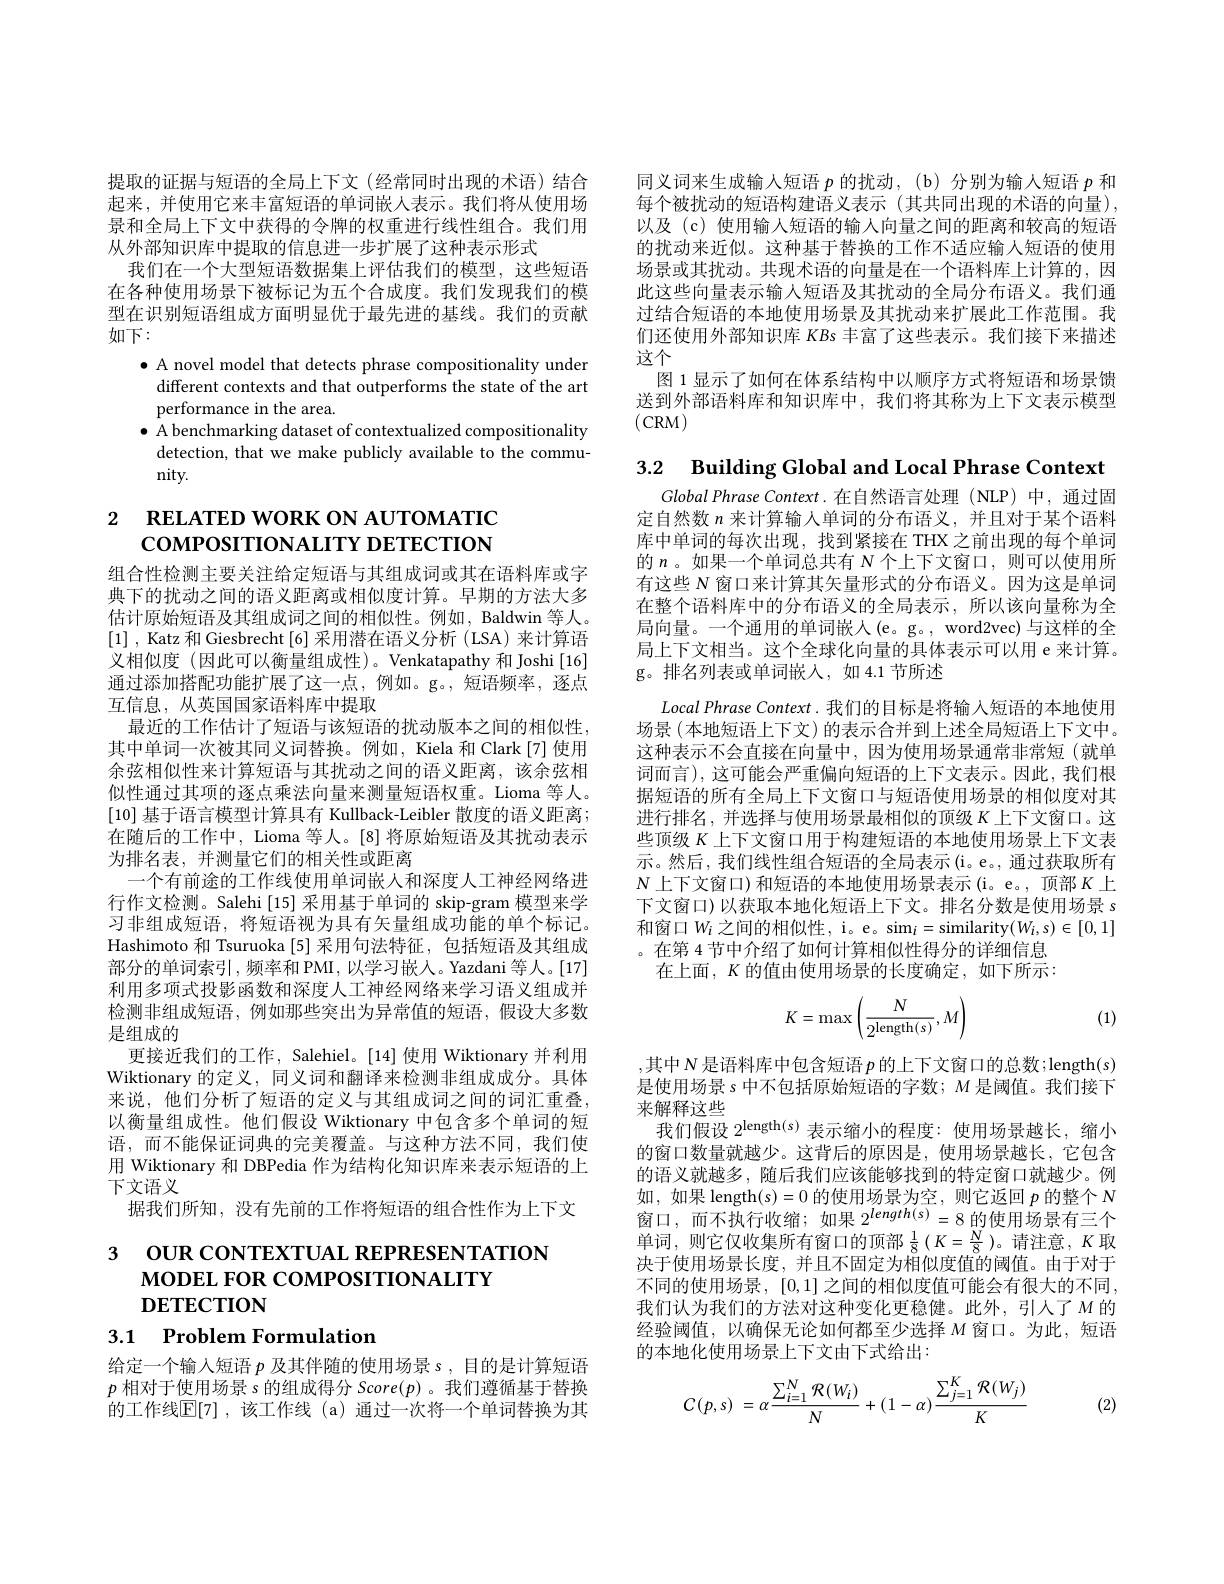
同义词来生成输入短语$p$的扰动，(b)分别为输入短语$p$和每个被扰动的短语构建语义表示 (其共同出现的术语的向量), 以及 (c) 使用输入短语的输入向量之间的距离和较高的短语的扰动来近似。这种基于替换的工作不适应输入短语的使用场景或其扰动。共现术语的向量是在一个语料库上计算的，因此这些向量表示输人短语及其扰动的全局分布语义。我们通过结合短语的本地使用场景及其扰动来扩展此工作范围。我们还使用外部知识库 KBs 丰富了这些表示。我们接下来描述这个
图 1 显示了如何在体系结构中以顺序方式将短语和场景馈送到外部语料库和知识库中，我们将其称为上下文表示模型(CRM)

提取的证据与短语的全局上下文(经常同时出现的术语)结合起来，并使用它来丰富短语的单词嵌人表示。我们将从使用场景和全局上下文中获得的令牌的权重进行线性组合。我们用从外部知识库中提取的信息进一步扩展了这种表示形式
我们在一个大型短语数据集上评估我们的模型，这些短语在各种使用场景下被标记为五个合成度。我们发现我们的模型在识别短语组成方面明显优于最先进的基线。我们的贡献如下：
$\bullet$ A novel model that detects phrase compositionality under
different contexts and that outperforms the state of the art
performance in the area.
$\bullet$ A benchmarking dataset of contextualized compositionality
detection, that we make publicly available to the commu-
nity.

# 2 RELATED WORK ON AUTOMATIC coMPOSITIONALITY DETECTION

组合性检测主要关注给定短语与其组成词或其在语料库或字典下的扰动之间的语义距离或相似度计算。早期的方法大多估计原始短语及其组成词之间的相似性。例如，Baldwin 等人。[1] , Katz 和 Giesbrecht [6] 采用潜在语义分析 (LSA) 来计算语义相似度 (因此可以衡量组成性)。Venkatapathy 和 Joshi[16] 通过添加搭配功能扩展了这一点，例如。g。,短语频率，逐点互信息，从英国国家语料库中提取
最近的工作估计了短语与该短语的扰动版本之间的相似性， 其中单词一次被其同义词替换。例如，Kiela 和 Clark[7] 使用余弦相似性来计算短语与其扰动之间的语义距离，该余弦相似性通过其项的逐点乘法向量来测量短语权重。Lioma 等人。[10] 基于语言模型计算具有 Kullback-Leibler 散度的语义距离； 在随后的工作中，Lioma 等人。[8] 将原始短语及其扰动表示为排名表，并测量它们的相关性或距离
一个有前途的工作线使用单词嵌人和深度人工神经网络进行作文检测。Salehi[15] 采用基于单词的 skip-gram 模型来学习非组成短语，将短语视为具有矢量组成功能的单个标记。Hashimoto 和 Tsuruoka [5] 采用句法特征，包括短语及其组成部分的单词索引，频率和 PMI, 以学习嵌入。Yazdani 等人。[17] 利用多项式投影函数和深度人工神经网络来学习语义组成并检测非组成短语，例如那些突出为异常值的短语，假设大多数是组成的
更接近我们的工作，Salehiel。[14] 使用 Wiktionary 并利用Wiktionary 的定义，同义词和翻译来检测非组成成分。具体来说，他们分析了短语的定义与其组成词之间的词汇重叠， 以衡量组成性。他们假设 Wiktionary 中包含多个单词的短语，而不能保证词典的完美覆盖。与这种方法不同，我们使用 Wiktionary 和 DBPedia 作为结构化知识库来表示短语的上下文语义
据我们所知，没有先前的工作将短语的组合性作为上下文

3 OUR CONTEXTUAL REPRESENTATION
$\mathbf{MODELFORCOMPOSITIONALITY}$
# DETECTION
3.1 Problem Formulation

给定一个输入短语$p$及其伴随的使用场景 s , 目的是计算短语$p$相对于使用场景 s 的组成得分 Score(p)。我们遵循基于替换的工作线$\mathbb{E}[7]$ ,该工作线 (a) 通过一次将一个单词替换为其

3.2 Building Global and Local Phrase Context
$GlobalPhrase\textit{Context. 在 自 然 语 言 处 理 ( NLP) 中 , 通 过 固 }$ 定自然数$n$来计算输入单词的分布语义，并且对于某个语料库中单词的每次出现，找到紧接在 THX 之前出现的每个单词的$n$。如果一个单词总共有$N$个上下文窗口，则可以使用所有这些$N$窗口来计算其矢量形式的分布语义。因为这是单词在整个语料库中的分布语义的全局表示，所以该向量称为全局向量。一个通用的单词嵌人(e。g。, word2vec) 与这样的全局上下文相当。这个全球化向量的具体表示可以用 e 来计算。g。排名列表或单词嵌入，如 4.1 节所述

Local Phrase Context .我们的目标是将输入短语的本地使用场景 (本地短语上下文) 的表示合并到上述全局短语上下文中。这种表示不会直接在向量中，因为使用场景通常非常短(就单词而言),这可能会严重偏向短语的上下文表示。因此，我们根据短语的所有全局上下文窗口与短语使用场景的相似度对其进行排名，并选择与使用场景最相似的顶级$K$上下文窗口。这些顶级$K$上下文窗口用于构建短语的本地使用场景上下文表示。然后，我们线性组合短语的全局表示(i。e。, 通过获取所有$N$ 上下文窗口)和短语的本地使用场景表示(i。e。,顶部$K$ 上下文窗口)以获取本地化短语上下文。排名分数是使用场景 s 和窗口$W_i$之间的相似性，i。e。sim$_i=$similarity$(W_i,s)\in[0,1]$ 。在第 4 节中介绍了如何计算相似性得分的详细信息
在上面，$K$的值由使用场景的长度确定，如下所示：
$$K=\max\left(\frac{N}{2^{\mathrm{length}(s)}},M\right)$$
(1)

,其中 N 是语料库中包含短语 $p$ 的上下文窗口的总数；length(s) 是使用场景$s$中不包括原始短语的字数；$M$是阈值。我们接下来解释这些
我们假设$2^{\mathrm{length(s)}}$表示缩小的程度：使用场景越长，缩小的窗口数量就越少。这背后的原因是，使用场景越长，它包含的语义就越多，随后我们应该能够找到的特定窗口就越少。例如，如果 length(s)=0 的使用场景为空，则它返回$p$的整个$N$ 窗口，而不执行收缩；如果$2^length(s)=8$的使用场景有三个单词，则它仅收集所有窗口的顶部$\frac18(K=\frac N8)$。请注意，$K$取决于使用场景长度，并且不固定为相似度值的阈值。由于对于不同的使用场景，[0,1] 之间的相似度值可能会有很大的不同， 我们认为我们的方法对这种变化更稳健。此外，引人了$M$ 的经验阈值，以确保无论如何都至少选择$M$窗口。为此，短语的本地化使用场景上下文由下式给出：
$$C(p,s)\:=\alpha\frac{\sum_{i=1}^{N}\mathcal{R}(W_{i})}{N}+(1-\alpha)\frac{\sum_{j=1}^{K}\mathcal{R}(W_{j})}{K}$$
(2)